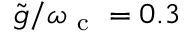
\tilde { g } / \omega _ { \mathrm { ~ c ~ } } = 0 . 3